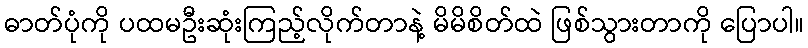
ဓာတ်ပုံကို ပထမဦးဆုံးကြည့်လိုက်တာနဲ့ မိမိစိတ်ထဲ ဖြစ်သွားတာကို ပြောပါ။